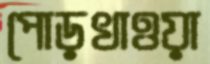
পোড়খাওয়া